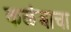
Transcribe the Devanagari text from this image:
कळंबाचा